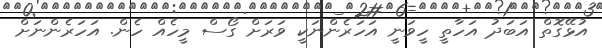
އުޅޭގޮތް އަބަދު އަހާތީ ހީވަނީ އަހަރެންނަކީ ވަރަށް ގޯސް މީހެއް ހެން. އަހަރެންނަށް